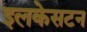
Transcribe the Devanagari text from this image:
इलकेसटन